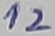
Text: 12